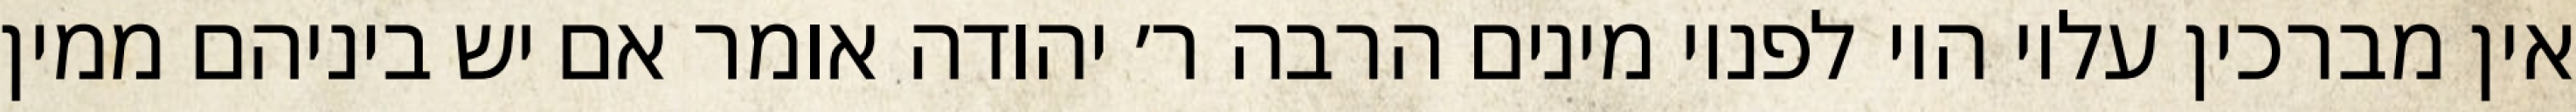
אין מברכין עליו היו לפניו מינים הרבה ר׳ יהודה אומר אם יש ביניהם ממין